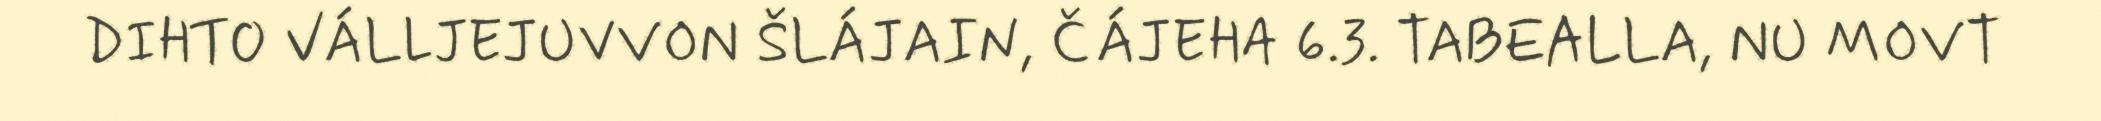
DIHTO VÁLLJEJUVVON ŠLÁJAIN, ČÁJEHA 6.3. TABEALLA, NU MOVT